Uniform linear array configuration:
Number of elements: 48
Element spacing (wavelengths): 0.25
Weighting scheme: exponential
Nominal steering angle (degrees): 15
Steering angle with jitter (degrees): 13.703
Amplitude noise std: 0.05
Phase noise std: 0.05

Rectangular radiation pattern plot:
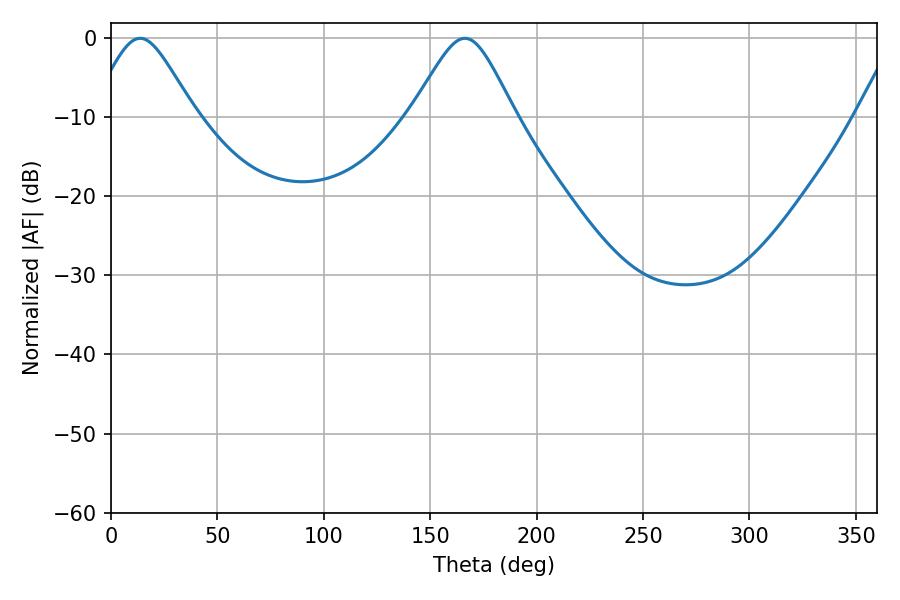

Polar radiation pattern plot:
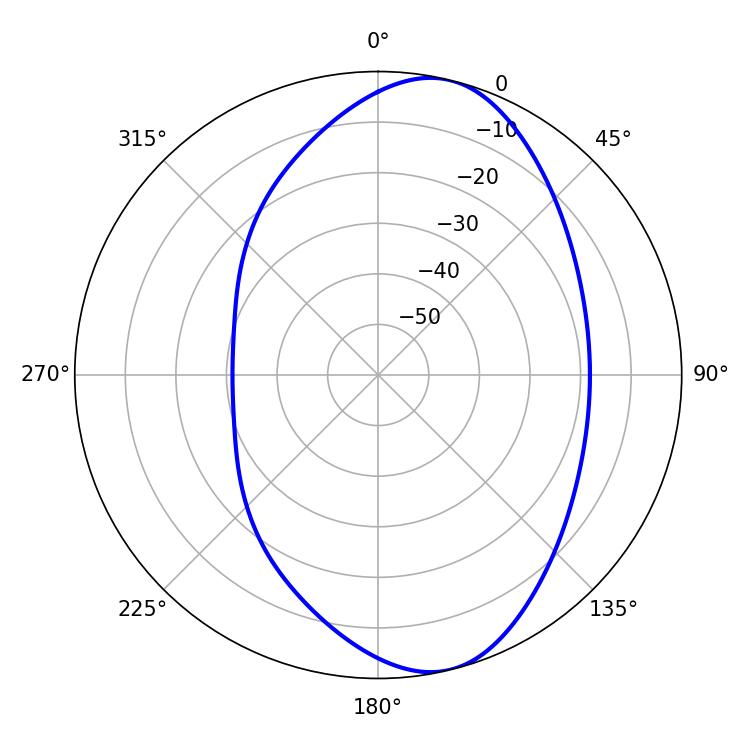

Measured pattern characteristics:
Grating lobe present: FALSE
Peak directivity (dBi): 8.822
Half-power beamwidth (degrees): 23.76
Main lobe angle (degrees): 13.68